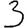
Digit: 3